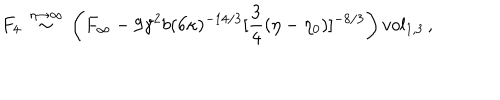
LaTeX: F _ { 4 } \, \stackrel { \eta \rightarrow \infty } { \sim } \, \left( F _ { \infty } - 9 \gamma ^ { 2 } b ( 6 \kappa ) ^ { - 1 4 / 3 } [ \frac { 3 } { 4 } ( \eta - \eta _ { 0 } ) ] ^ { - 8 / 3 } \right) v o l _ { 1 , 3 } \, ,